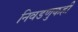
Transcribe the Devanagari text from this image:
निवडणुकही